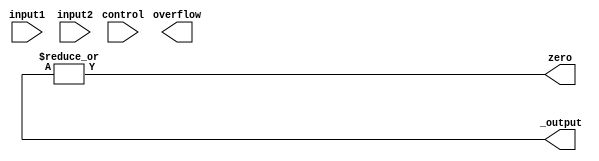
module alu(
    input [7:0] input1,
    input [7:0] input2,
    input [3:0] control,
    output reg [7:0] _output,
    output reg overflow,
    output reg zero
);

    

    assign zero = |_output;
    
endmodule